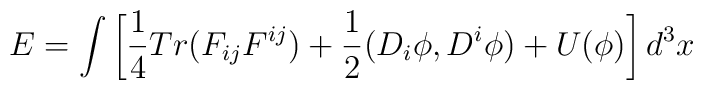
E=\int \left[ \frac{1}{4} Tr (F_{ij}F^{ij})+ \frac{1}{2} (D_i \phi , D^i \phi ) + U (\phi ) \right] d^3x